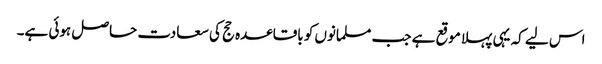
اس لیے کہ یہی پہلا موقع ہے جب مسلمانوں کو باقاعدہ حج کی سعادت حاصل ہوئی ہے۔